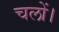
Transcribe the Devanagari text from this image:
चलों।